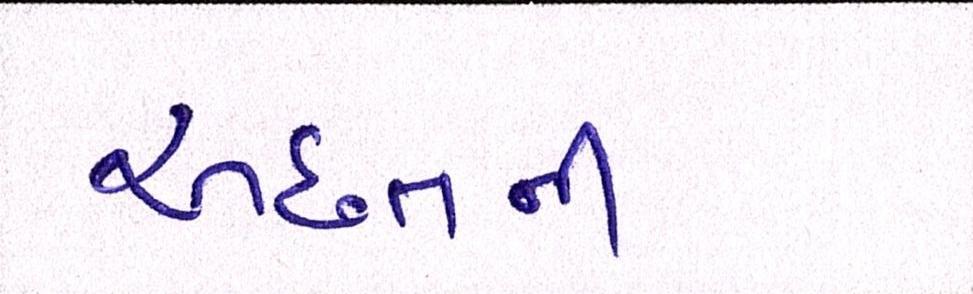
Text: અછતની